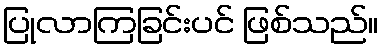
ပြုလာကြခြင်းပင် ဖြစ်သည်။